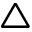
\triangle